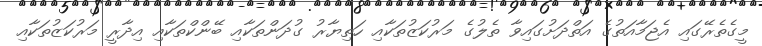
މީގެތެރޭގައި އެޖަމާއަތުގެ އަތްދަށުގައިވާ ތެލުގެ މަރުކަޒުތަކާއި ހަތިޔާރު ގުދަންތަކާއި ބޭންކްތަކާއި އިދާރީ މަރުކަޒުތަކާއި